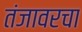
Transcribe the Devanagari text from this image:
तंजावरचा